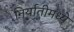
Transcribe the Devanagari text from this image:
निर्यातीमध्ये